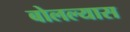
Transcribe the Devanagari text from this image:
बोलल्यास